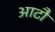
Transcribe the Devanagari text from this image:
आटौ